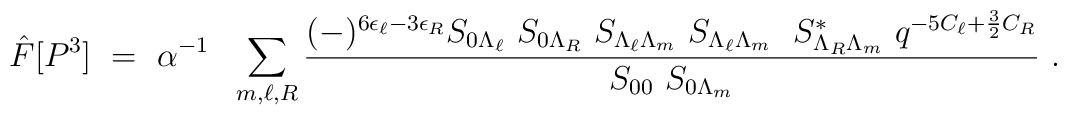
{\hat F}[P^3]~=~{\alpha}^{-1}~~\sum_{m,\ell,R}{(-)^{6 \epsilon_{\ell} - 3\epsilon_R}  {S_{0 \Lambda_{\ell}}~S_{0 \Lambda_R}~S_{ \Lambda_{\ell} \Lambda_m}~ S_{ \Lambda_{\ell} \Lambda_m}~~S^*_{ \Lambda_R \Lambda_m}~q^{-5C_{\ell} +{3 \over 2}C_R}}\over {S_{00}~S_{0 \Lambda_m}}}~.